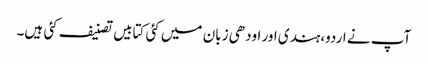
آپ نے اردو،ہندی اور اودھی زبان میں کئی کتابیں تصنیف کئی ہیں۔